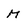
Character: M